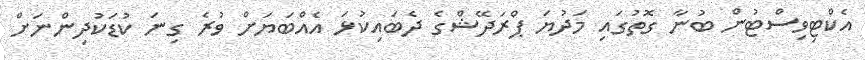
އެކްޓިވިސްޓުން ބުނާ ގޮތުގައި މަދުޔަ ޕްރަދޭޝްގެ ދެބައިކުޅަ އެއްބަޔަަށް ވުރެ ގިނަ ކުޑަކުދިންނަށް